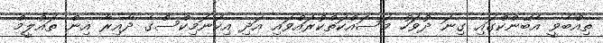
ތިއްބެވީ އެބޭންކްގައި ގިނަ ދުވަހު މަސައްކަތްކުރައްވައި އަދި އިކޮނޮމިކްސްގެ ދާއިރާ އިން ތައުލީމް